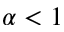
\alpha < 1